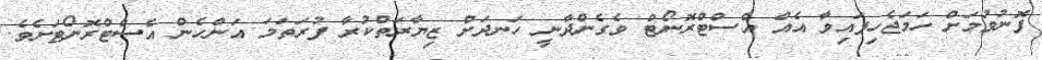
ފޮނުވުމަށް ހަމަޖެހިފައިވާ އެއް އެސްޓްރޮނޯޓް ވެގެންދާނީ ހަނދަށް ޒިޔާރަތްކުރާ ފުރަތަމަ އަންހެން އެސްޓްރޮނޯޓަށެވެ.